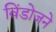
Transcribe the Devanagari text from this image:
विंडोजने